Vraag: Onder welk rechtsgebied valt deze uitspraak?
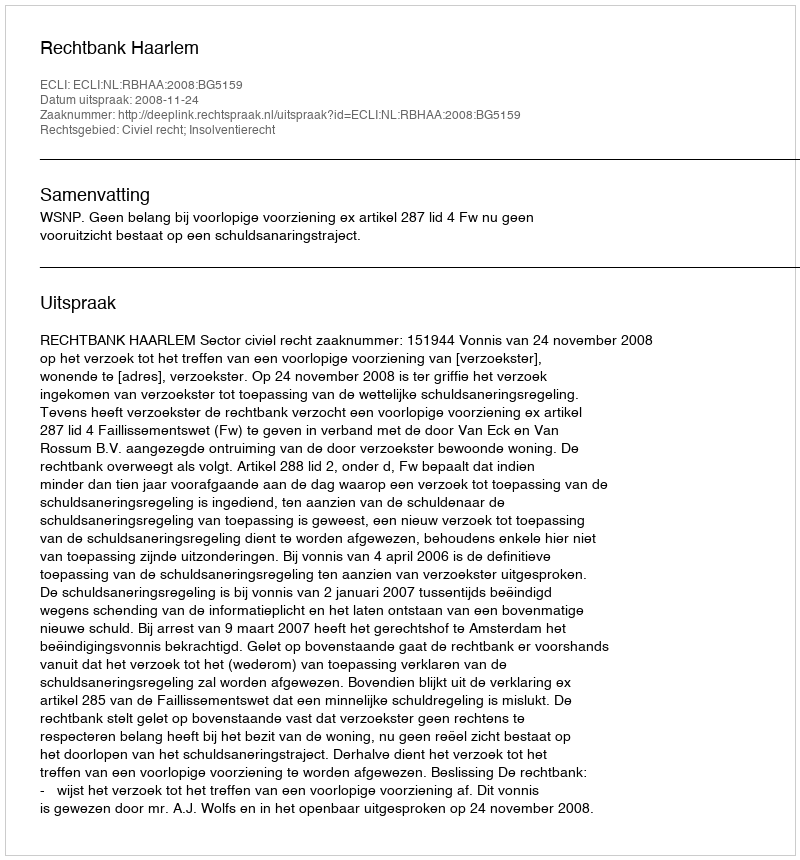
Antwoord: Civiel recht; Insolventierecht